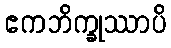
ဧကဘိက္ခုဿာပိ